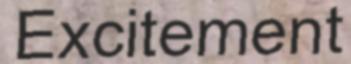
Excitement